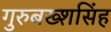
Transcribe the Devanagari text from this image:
गुरुबख्शसिंह